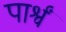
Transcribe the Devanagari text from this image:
पार्श्वं